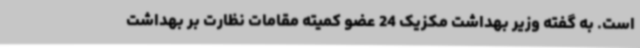
است. به گفته وزیر بهداشت مکزیک 24 عضو کمیته مقامات نظارت بر بهداشت